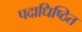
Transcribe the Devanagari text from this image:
पदाधिष्ठित